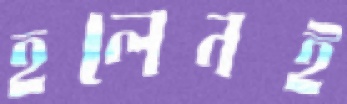
হলেনই